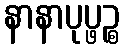
နာနာပုပ္ဖဉ္စ